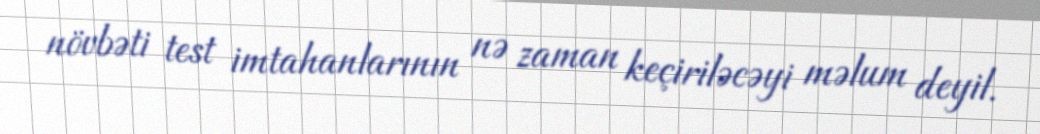
növbəti test imtahanlarının nə zaman keçiriləcəyi məlum deyil.